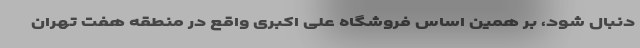
دنبال شود، بر همین اساس فروشگاه علی اکبری واقع در منطقه هفت تهران